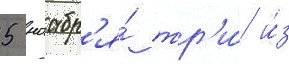
5 ноабр'я́ тр'и́ и́з